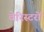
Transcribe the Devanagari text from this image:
वेरिस्टरों